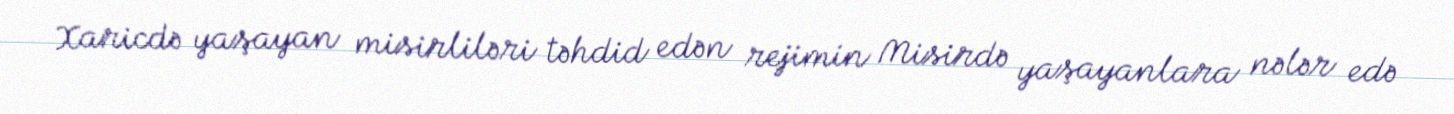
Xaricdə yaşayan misirliləri təhdid edən rejimin Misirdə yaşayanlara nələr edə